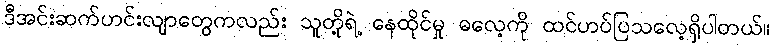
ဒီအင်းဆက်ဟင်းလျာတွေကလည်း သူတို့ရဲ့ နေထိုင်မှု ဓလေ့ကို ထင်ဟပ်ပြသလေ့ရှိပါတယ်။